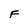
Character: F